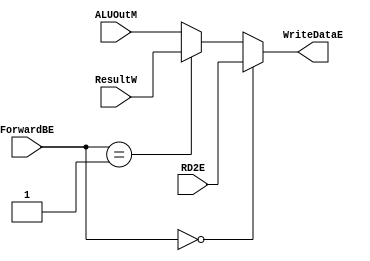
`timescale 1ns / 1ps

module MUXB1 #(parameter WIDTH=32)
   (
    input [WIDTH-1:0]  RD2E,
    input [WIDTH-1:0]  ResultW,
    input [WIDTH-1:0]  ALUOutM,
    input [1:0]	       ForwardBE,
    output [WIDTH-1:0] WriteDataE
    );

   assign WriteDataE=(ForwardBE==0)?RD2E:(ForwardBE==1)?ResultW:ALUOutM;
   
endmodule // MUXB1